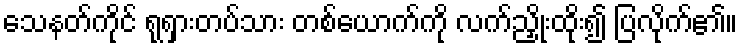
သေနတ်ကိုင် ရုရှားတပ်သား တစ်ယောက်ကို လက်ညှိုးထိုး၍ ပြလိုက်၏။